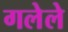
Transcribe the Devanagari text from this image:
गलेले